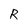
Character: R